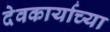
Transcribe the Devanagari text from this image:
देवकार्याच्या